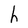
Character: h